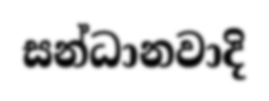
සන්ධානවාදි